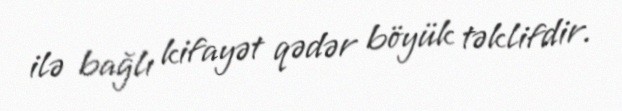
ilə bağlı kifayət qədər böyük təklifdir.